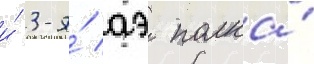
и́ 3-я́ аэ полка́